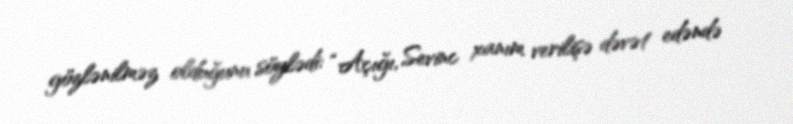
gözlənilməz olduğunu söylədi: “Açığı, Sevinc xanım verilişə dəvət edəndə